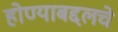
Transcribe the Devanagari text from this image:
होण्याबद्दलचे